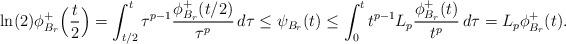
LaTeX: \begin{align*}\ln(2) \phi_{B_r}^+\Big{(}\frac{t}{2}\Big{)}=\int_{t/2}^t \tau^{p-1} \frac{\phi_{B_r}^+(t/2)}{\tau^p} \,d\tau\le\psi_{B_r}(t)\le \int_0^t t^{p-1} L_p \frac{\phi_{B_r}^+(t)}{t^p} \,d\tau= L_p\phi_{B_r}^+(t).\end{align*}